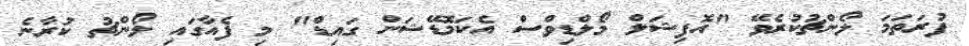
ފުރަތަމަ ލޯންޗުކުރެވޭ "އޮފިޝަލް މޯލްޑިވްސް އެކަމޮޑޭޝަން ގައިޑް" މި ފެއާގައި ލޯންޗު ކުރާނެ